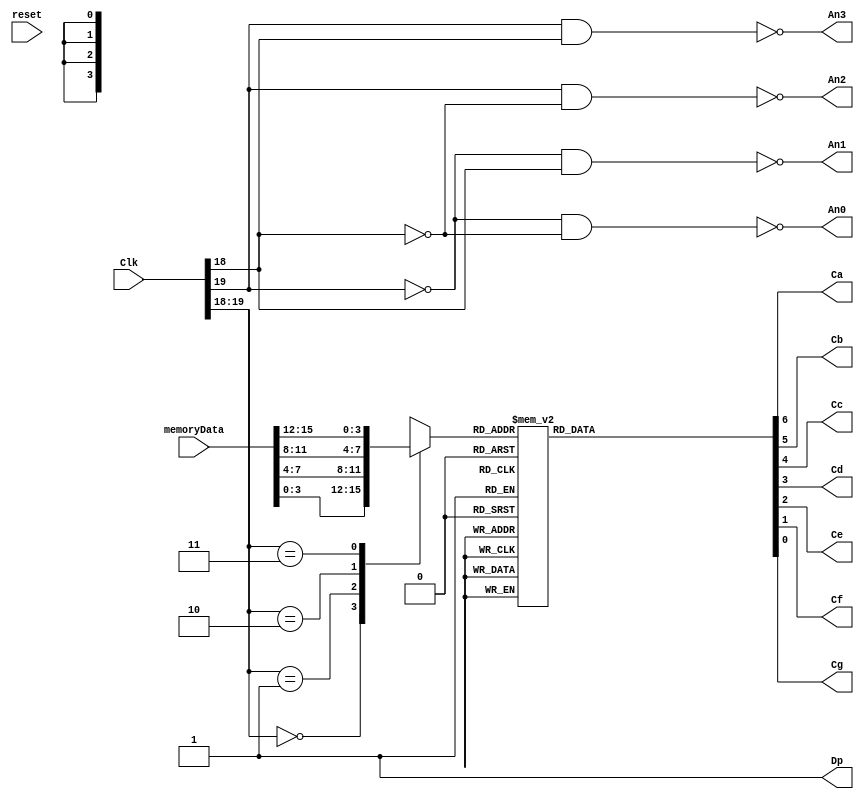
module DisplayCtrl(Clk, reset, memoryData,
		An0, An1, An2, An3, Ca, Cb, Cc, Cd, Ce, Cf, Cg, Dp
   );
	
	input [26:0] Clk;
	input reset;
	input [15:0] memoryData;
	output An0, An1, An2, An3, Ca, Cb, Cc, Cd, Ce, Cf, Cg, Dp;

	reg [6:0] SSD_CATHODES;
	wire [26:0] DIV_CLK;
	reg [3:0] SSD;
	wire [3:0] SSD0, SSD1, SSD2, SSD3;
	wire [1:0] ssdscan_clk;
	
	assign {Ca, Cb, Cc, Cd, Ce, Cf, Cg, Dp} = {SSD_CATHODES, 1'b1};
	assign DIV_CLK = Clk;

	assign SSD3 = memoryData[15:12];
	assign SSD2 = memoryData[11:8];
	assign SSD1 = memoryData[7:4];
	assign SSD0 = memoryData[3:0];

	assign ssdscan_clk = DIV_CLK[19:18];	
	assign An0 = !(~(ssdscan_clk[1]) && ~(ssdscan_clk[0]));  // when ssdscan_clk = 00
	assign An1 = !(~(ssdscan_clk[1]) &&  (ssdscan_clk[0]));  // when ssdscan_clk = 01
	assign An2 = !( (ssdscan_clk[1]) && ~(ssdscan_clk[0]));  // when ssdscan_clk = 10
	assign An3 = !( (ssdscan_clk[1]) &&  (ssdscan_clk[0]));  // when ssdscan_clk = 11

	always @ (ssdscan_clk, SSD0, SSD1, SSD2, SSD3)
	begin : SSD_SCAN_OUT
		case (ssdscan_clk) 
			2'b00: 
				SSD = SSD0;
			2'b01: 
				SSD = SSD1;
			2'b10: 
				SSD = SSD2;
			2'b11: 
				SSD = SSD3;				
		endcase 
	end	

	always @ (SSD) 
	begin : HEX_TO_SSD
		case (SSD)
			4'b0000: SSD_CATHODES = 7'b0000001 ; // 0
			4'b0001: SSD_CATHODES = 7'b1001111 ; // 1
			4'b0010: SSD_CATHODES = 7'b0010010 ; // 2
			4'b0011: SSD_CATHODES = 7'b0000110 ; // 3
			4'b0100: SSD_CATHODES = 7'b1001100 ; // 4
			4'b0101: SSD_CATHODES = 7'b0100100 ; // 5
			4'b0110: SSD_CATHODES = 7'b0100000 ; // 6
			4'b0111: SSD_CATHODES = 7'b0001111 ; // 7
			4'b1000: SSD_CATHODES = 7'b0000000 ; // 8
			4'b1001: SSD_CATHODES = 7'b0000100 ; // 9	
			4'b1010: SSD_CATHODES = 7'b0001000 ; // A
			4'b1011: SSD_CATHODES = 7'b1100000 ; // B
			4'b1100: SSD_CATHODES = 7'b0110001 ; // C
			4'b1101: SSD_CATHODES = 7'b1000010 ; // D
			4'b1110: SSD_CATHODES = 7'b0110000 ; // E
			4'b1111: SSD_CATHODES = 7'b0111000 ; // F			
		endcase
	end	
endmodule